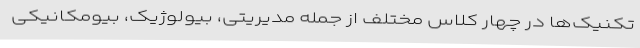
تکنیک‌ها در چهار کلاس مختلف از جمله مدیریتی، بیولوژیک، بیومکانیکی